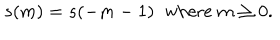
s ( m ) = s ( - m - 1 ) \; \; \mathrm { w h e r e } \; m \geq 0 .